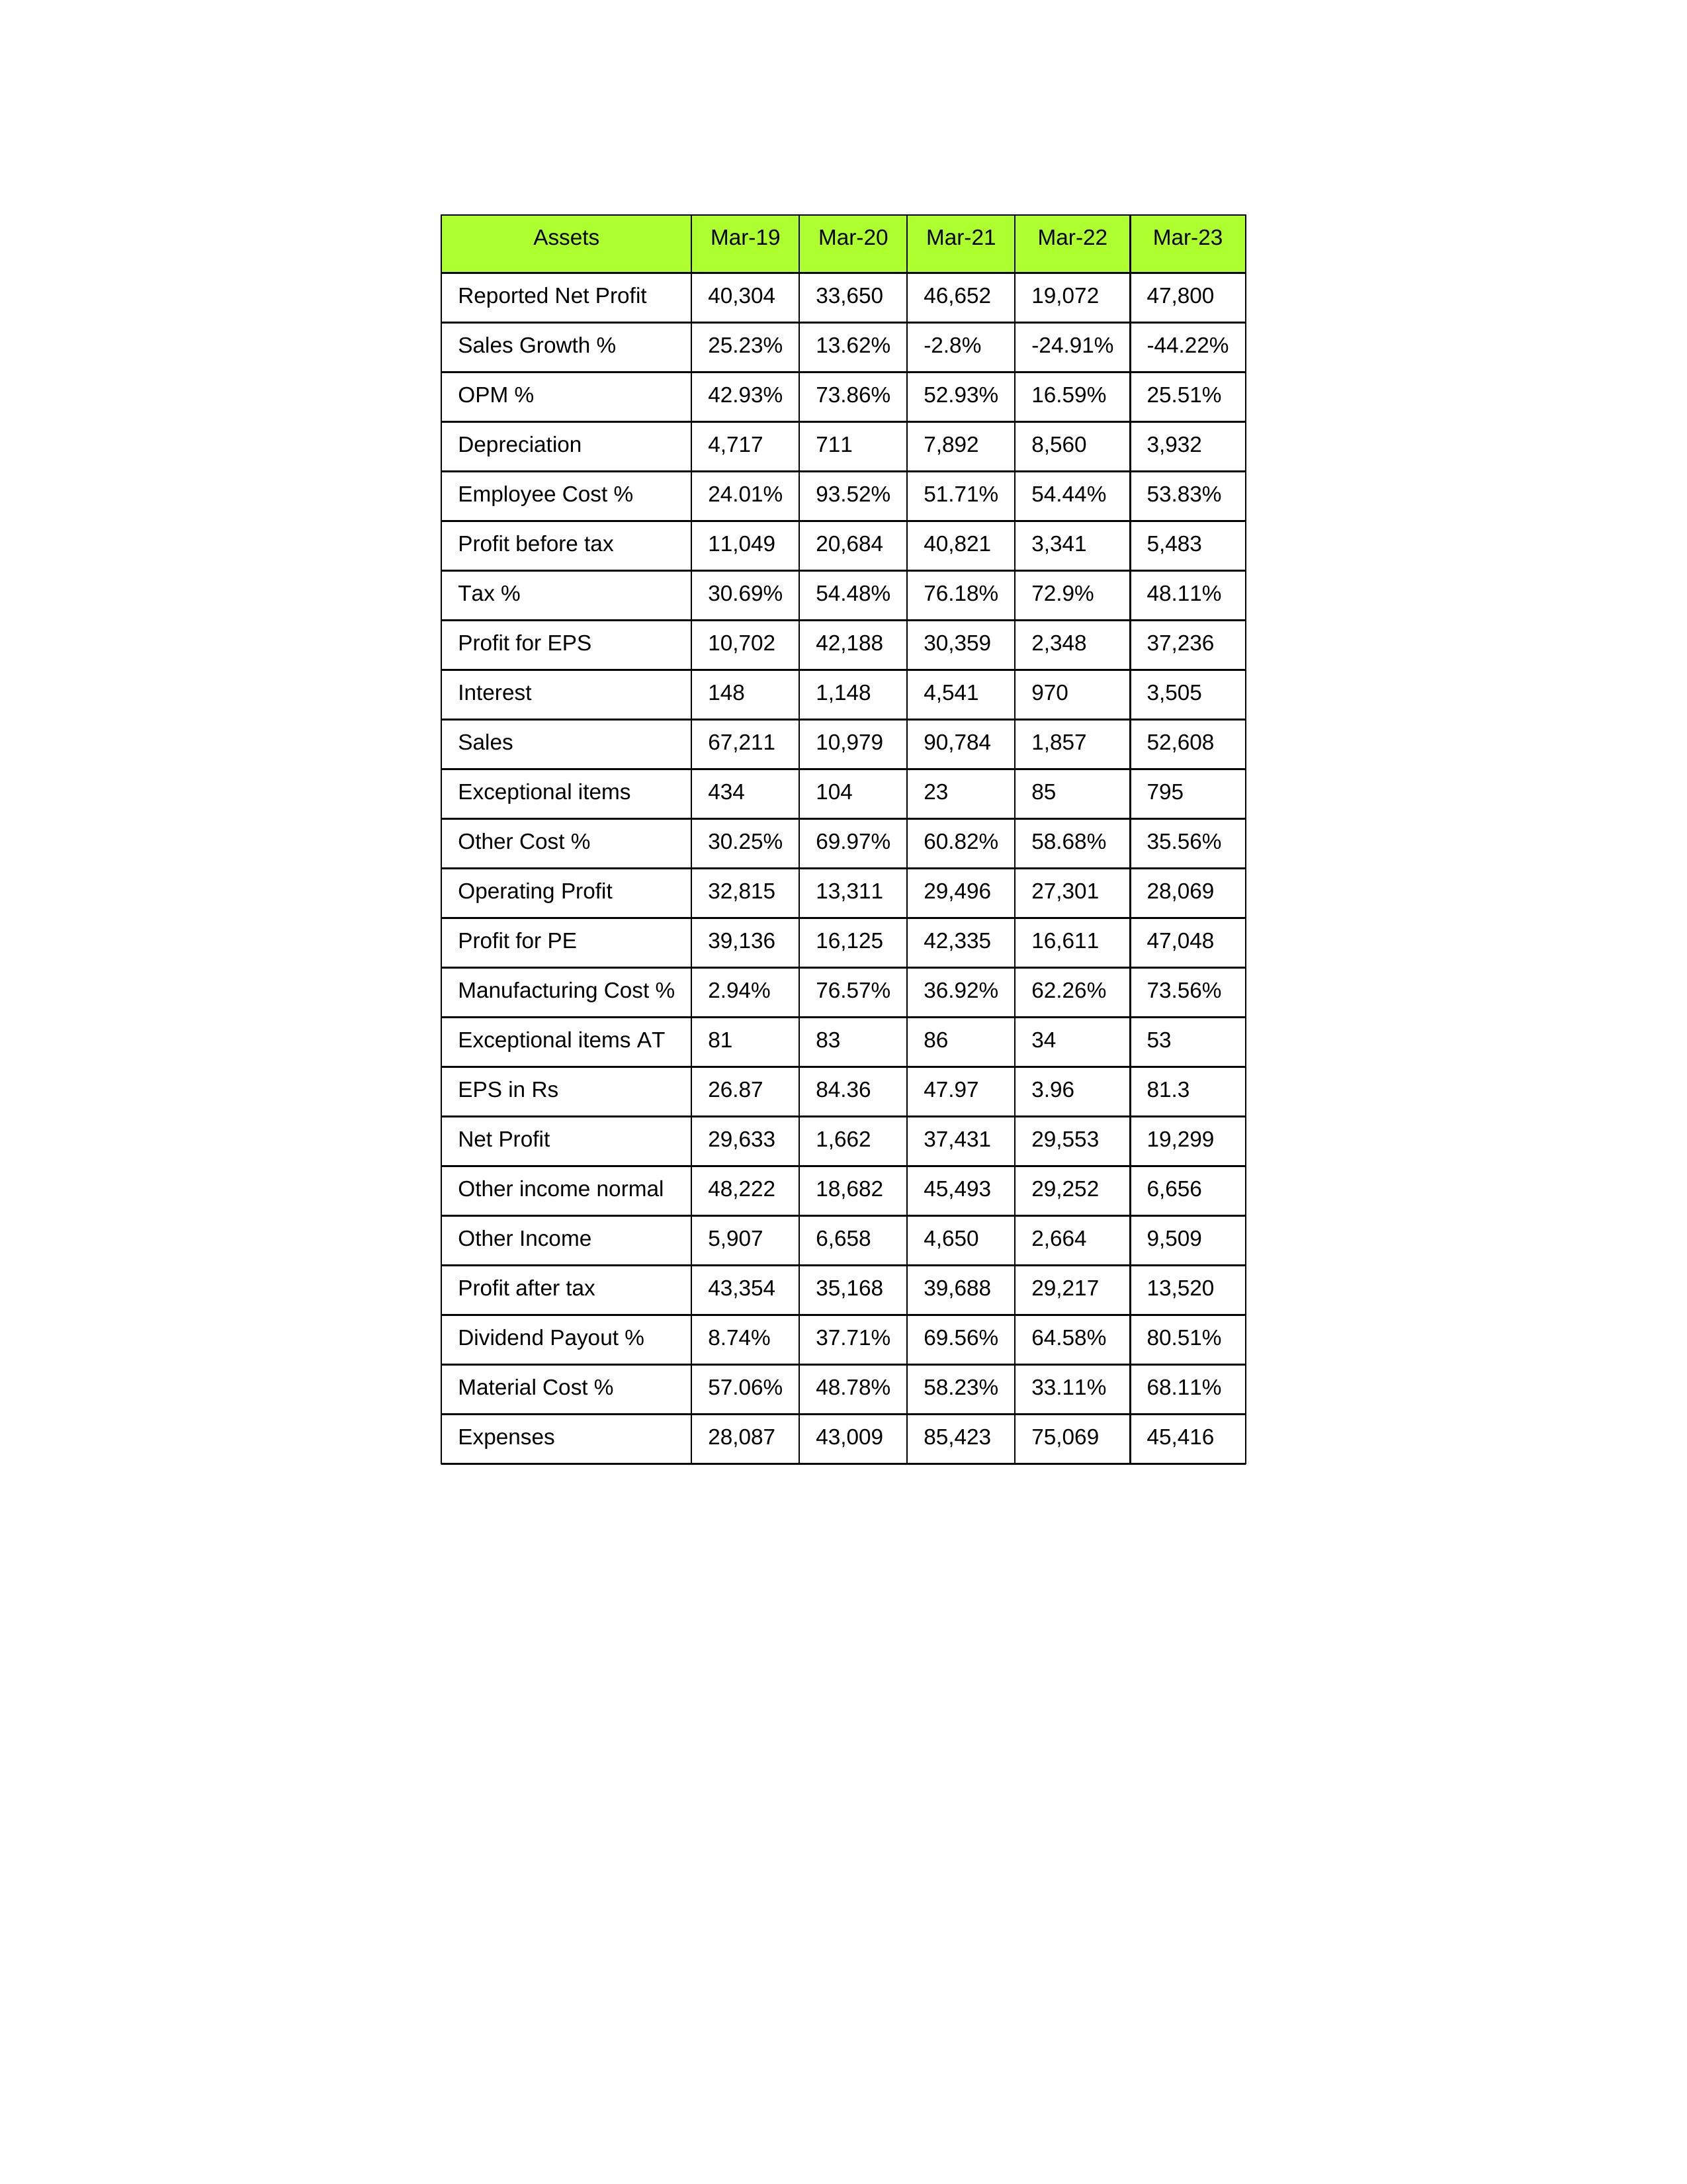
gt_parse: Mar-19: Sales: 67,211
Sales Growth %: 25.23%
Expenses: 28,087
Material Cost %: 57.06%
Manufacturing Cost %: 2.94%
Employee Cost %: 24.01%
Other Cost %: 30.25%
Operating Profit: 32,815
OPM %: 42.93%
Other Income: 5,907
Exceptional items: 434
Other income normal: 48,222
Interest: 148
Depreciation: 4,717
Profit before tax: 11,049
Tax %: 30.69%
Net Profit: 29,633
Profit after tax: 43,354
Reported Net Profit: 40,304
Profit for EPS: 10,702
Exceptional items AT: 81
Profit for PE: 39,136
EPS in Rs: 26.87
Dividend Payout %: 8.74%
Mar-20: Sales: 10,979
Sales Growth %: 13.62%
Expenses: 43,009
Material Cost %: 48.78%
Manufacturing Cost %: 76.57%
Employee Cost %: 93.52%
Other Cost %: 69.97%
Operating Profit: 13,311
OPM %: 73.86%
Other Income: 6,658
Exceptional items: 104
Other income normal: 18,682
Interest: 1,148
Depreciation: 711
Profit before tax: 20,684
Tax %: 54.48%
Net Profit: 1,662
Profit after tax: 35,168
Reported Net Profit: 33,650
Profit for EPS: 42,188
Exceptional items AT: 83
Profit for PE: 16,125
EPS in Rs: 84.36
Dividend Payout %: 37.71%
Mar-21: Sales: 90,784
Sales Growth %: -2.8%
Expenses: 85,423
Material Cost %: 58.23%
Manufacturing Cost %: 36.92%
Employee Cost %: 51.71%
Other Cost %: 60.82%
Operating Profit: 29,496
OPM %: 52.93%
Other Income: 4,650
Exceptional items: 23
Other income normal: 45,493
Interest: 4,541
Depreciation: 7,892
Profit before tax: 40,821
Tax %: 76.18%
Net Profit: 37,431
Profit after tax: 39,688
Reported Net Profit: 46,652
Profit for EPS: 30,359
Exceptional items AT: 86
Profit for PE: 42,335
EPS in Rs: 47.97
Dividend Payout %: 69.56%
Mar-22: Sales: 1,857
Sales Growth %: -24.91%
Expenses: 75,069
Material Cost %: 33.11%
Manufacturing Cost %: 62.26%
Employee Cost %: 54.44%
Other Cost %: 58.68%
Operating Profit: 27,301
OPM %: 16.59%
Other Income: 2,664
Exceptional items: 85
Other income normal: 29,252
Interest: 970
Depreciation: 8,560
Profit before tax: 3,341
Tax %: 72.9%
Net Profit: 29,553
Profit after tax: 29,217
Reported Net Profit: 19,072
Profit for EPS: 2,348
Exceptional items AT: 34
Profit for PE: 16,611
EPS in Rs: 3.96
Dividend Payout %: 64.58%
Mar-23: Sales: 52,608
Sales Growth %: -44.22%
Expenses: 45,416
Material Cost %: 68.11%
Manufacturing Cost %: 73.56%
Employee Cost %: 53.83%
Other Cost %: 35.56%
Operating Profit: 28,069
OPM %: 25.51%
Other Income: 9,509
Exceptional items: 795
Other income normal: 6,656
Interest: 3,505
Depreciation: 3,932
Profit before tax: 5,483
Tax %: 48.11%
Net Profit: 19,299
Profit after tax: 13,520
Reported Net Profit: 47,800
Profit for EPS: 37,236
Exceptional items AT: 53
Profit for PE: 47,048
EPS in Rs: 81.3
Dividend Payout %: 80.51%